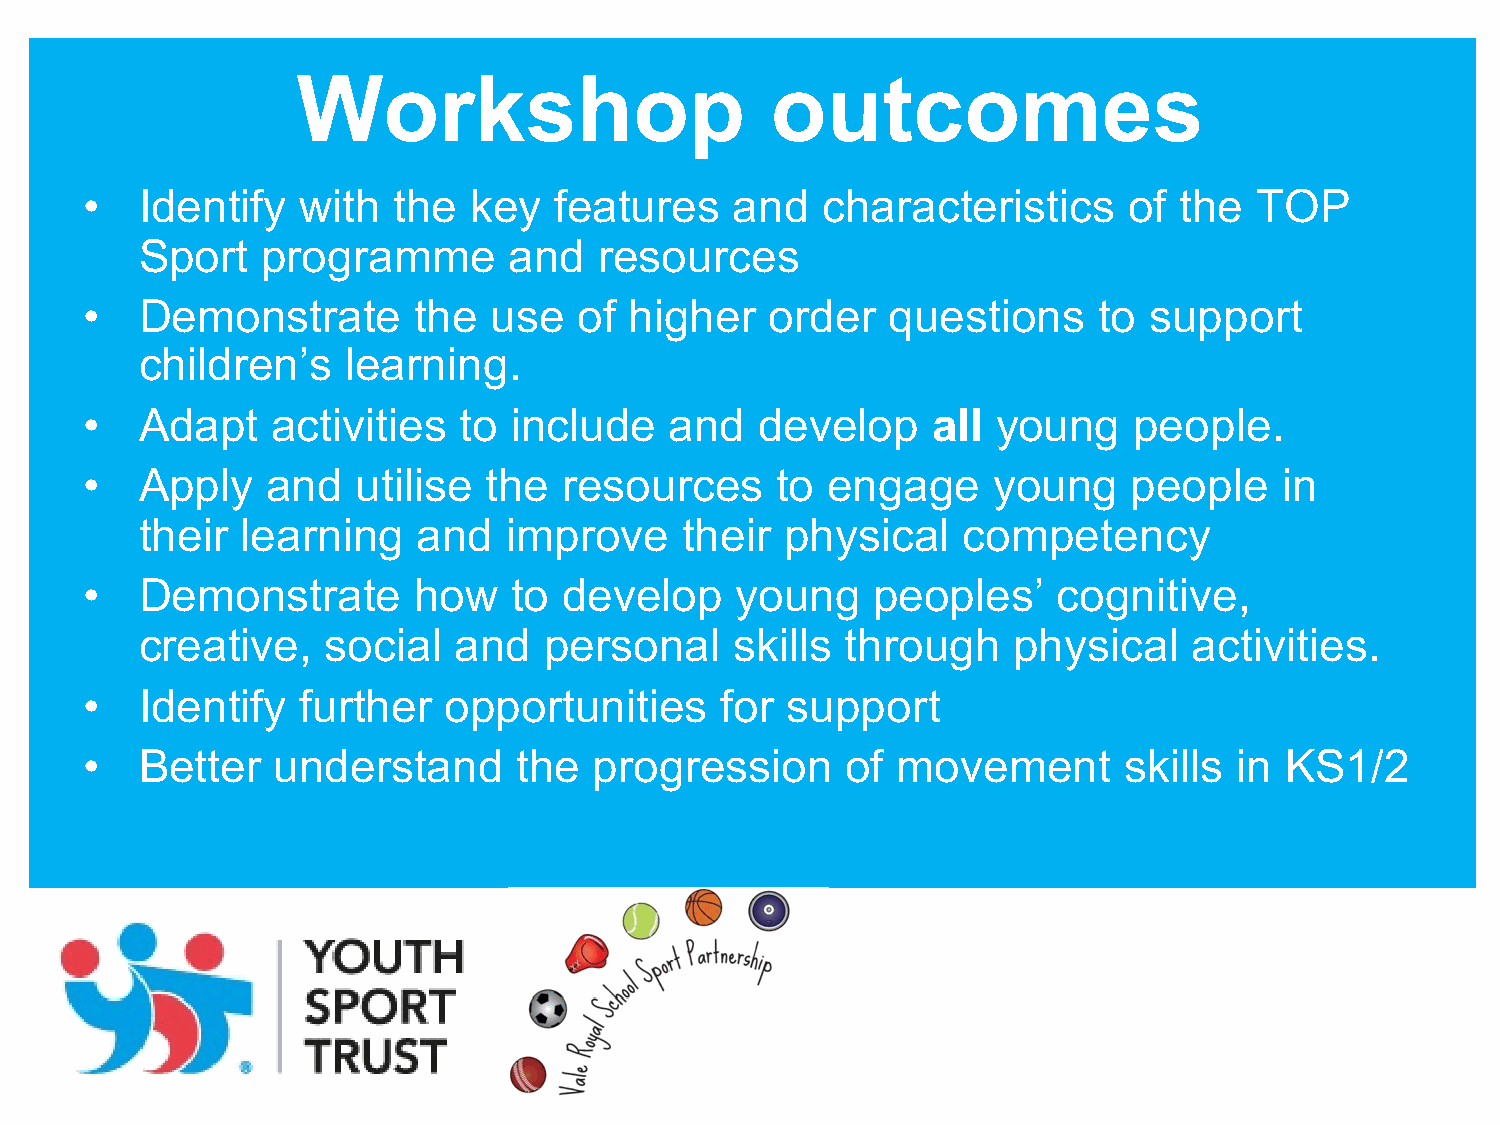
Workshop                       outcomes
 •   Identify   with  the  key   features    and  characteristics      of the  TOP
 Sport   programme        and   resources
 •   Demonstrate       the   use  of  higher   order   questions     to support
 children’s    learning.
 •   Adapt    activities  to  include   and   develop     all young    people.
 •   Apply    and   utilise the  resources     to  engage     young    people    in
 their  learning    and   improve    their  physical    competency
 •   Demonstrate       how    to develop     young    peoples’    cognitive,
 creative,    social  and   personal     skills through    physical    activities.
 •   Identify   further  opportunities      for support
 •   Better   understand      the  progression      of movement       skills  in KS1/2